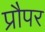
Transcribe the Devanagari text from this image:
प्रौपर